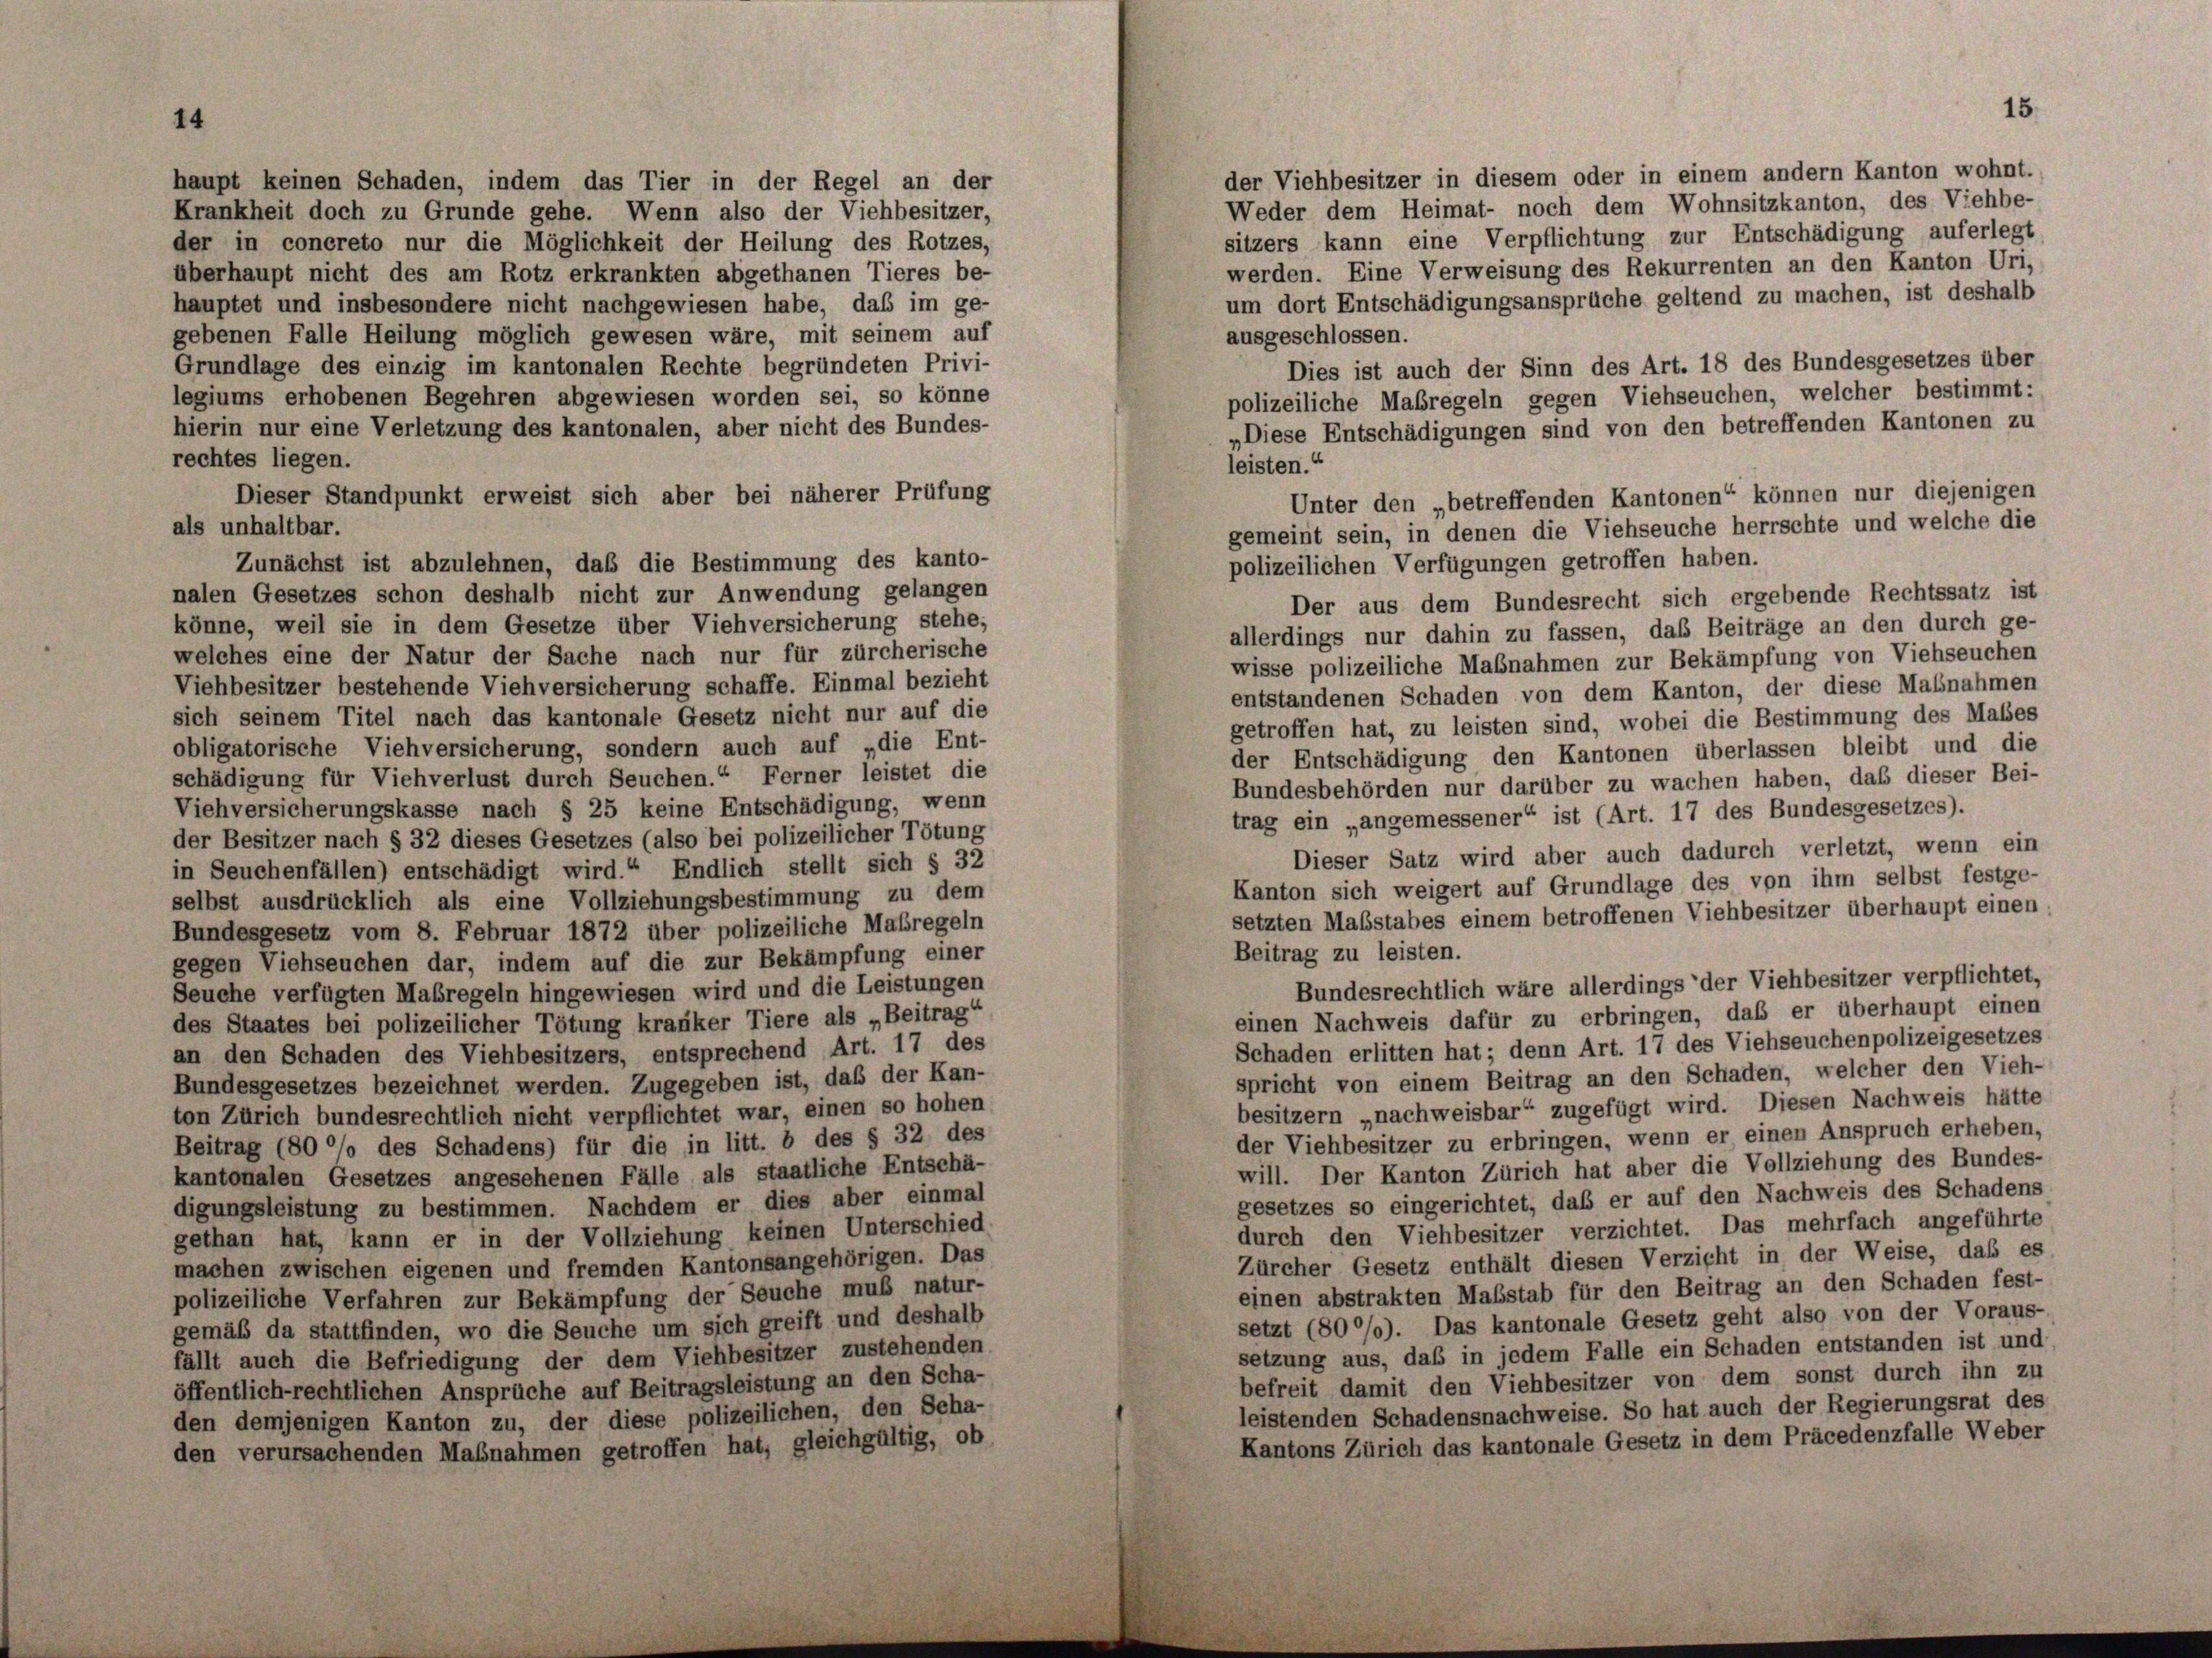
haupt keinen Schaden, indem das Tier in der Regel an der
Krankheit doch zu Grunde gehe. Wenn also der Viehbesitzer,
der in concreto nur die Möglichkeit der Heilung des Rotzes,
überhaupt nicht des am Rotz erkrankten abgethanen Tieres be-
um dort Entschädigungsansprüche geltend zu machen, ist deshalb
hauptet und insbesondere nicht nachgewiesen habe, das im ge-
gebenen Falle Heilung möglich gewesen wäre, mit seinem auf
ausgeschlossen.
Grundlage des einzig im kantonalen Rechte begründeten Privi-
Dies ist auch der Sinn des Art. 18 des Bundesgesetzes über
legiums erhobenen Begehren abgewiesen worden sei, so könne
polizeiliche Maßregeln gegen Viehseuchen, welcher bestimmt:
hierin nur eine Verletzung des kantonalen, aber nicht des Bundes-
„Diese Entschädigungen sind von den betreffenden Kantonen zu
rechtes liegen.
leisten.“
Dieser Standpunkt erweist sich aber bei näherer Prüfung
Unter den „betreffenden Kantonen“ können nur diejenigen
als unhaltbar.
gemeint sein, in denen die Viehseuche herrschte und welche die
Zunächst ist abzulehnen, daß die Bestimmung des kanto-
polizeilichen Verfügungen getroffen haben.
nalen Gesetzes schon deshalb nicht zur Anwendung gelangen
Der aus dem Bundesrecht sich ergebende Rechtssatz ist
könne, weil sie in dem Gesetze über Viehversicherung stehe,
allerdings nur dahin zu fassen, das Beiträge an den durch ge-
welches eine der Natur der Sache nach nur für zürcherische
wisse polizeiliche Mabnahmen zur Bekämpfung von Viehseuchen
Viehbesitzer bestehende Viehversicherung schaffe. Einmal bezieht
entstandenen Schaden von dem Kanton, der diese Maßnahmen
sich seinem Titel nach das kantonale Gesetz nicht nur auf die
getroffen hat, zu leisten sind, wobei die Bestimmung des Males
obligatorische Viehversicherung, sondern auch auf „die Ent-
der Entschädigung den Kantonen überlassen bleibt und die
schädigung für Viehverlust durch Seuchen.“ Ferner leistet die
Bundesbehörden nur darüber zu wachen haben, daß dieser Bei-
Viehversicherungskasse nach § 25 keine Entschädigung, wenn
trag ein „angemessener“ ist (Art. 17 des Bundesgesetzes).
der Besitzer nach § 32 dieses Gesetzes (also bei polizeilicher Tötung
Dieser Satz wird aber auch dadurch verletzt, wenn ein
in Seuchenfällen) entschädigt wird.“ Endlich stellt sich § 32
Kanton sich weigert auf Grundlage des von ihm selbst festge-
selbst ausdrücklich als eine Vollziehungsbestimmung zu dem
setzten Maßstabes einem betroffenen Viehbesitzer überhaupt einen
Bundesgesetz vom 8. Februar 1872 über polizeiliche Maßregeln
Beitrag zu leisten.
gegen Viehseuchen dar, indem auf die zur Bekämpfung einer
Bundesrechtlich wäre allerdings der Viehbesitzer verpflichtet,
Seuche verfügten Maßregeln hingewiesen wird und die Leistungen
einen Nachweis dafür zu erbringen, daß er überhaupt einen
des Staates bei polizeilicher Tötung kranker Tiere als „Beitrag“
Schaden erlitten hat; denn Art. 17 des Viehseuchenpolizeigesetzes
an den Schaden des Viehbesitzers, entsprechend Art. 17 des
spricht von einem Beitrag an den Schaden, welcher den Vieh-
Bundesgesetzes bezeichnet werden. Zugegeben ist, daß der Kan-
besitzern „nachweisbar“ zugefügt wird. Diesen Nachweis hätte
ton Zürich bundesrechtlich nicht verpflichtet war, einen so hohen
der Viehbesitzer zu erbringen, wenn er einen Anspruch erheben,
Beitrag (80 % des Schadens) für die in litt. b des § 32 des
will. Der Kanton Zürich hat aber die Vollziehung des Bundes-
kantonalen Gesetzes angesehenen Fälle als staatliche Entschä-
gesetzes so eingerichtet, daß er auf den Nachweis des Schadens
digungsleistung zu bestimmen. Nachdem er dies aber einmal
durch den Viehbesitzer verzichtet. Das mehrfach angeführte
gethan hat, kann er in der Vollziehung keinen Unterschied
Zürcher Gesetz enthält diesen Verzicht in der Weise, daß es
machen zwischen eigenen und fremden Kantonsangehörigen. Das
einen abstrakten Maßstab für den Beitrag an den Schaden fest-
polizeiliche Verfahren zur Bekämpfung der Seuche muß natur-
setzt (800%). Das kantonale Gesetz geht also von der Voraus-
gemäß da stattfinden, wo die Seuche um sich greift und deshalb
setzung aus, daß in jedem Falle ein Schaden entstanden ist und
fällt auch die Befriedigung der dem Viehbesitzer zustehenden
befreit damit den Viehbesitzer von dem sonst durch ihn zu
öffentlich-rechtlichen Ansprüche auf Beitragsleistung an den Scha-
leistenden Schadensnachweise. So hat auch der Regierungsrat des
den demjenigen Kanton zu, der diese polizeilichen, den Scha-
Kantons Zürich das kantonale Gesetz in dem Präcedenzfalle Weber
den verursachenden Maßnahmen getroffen hat, gleichgültig, ob

15.

der Viehbesitzer in diesem oder in einem andern Kanton wohnt.
Weder dem Heimat- noch dem Wohnsitzkanton, des Viehbe-
sitzers kann eine Verpflichtung zur Entschädigung auferlegt
werden. Eine Verweisung des Rekurrenten an den Kanton Uri,